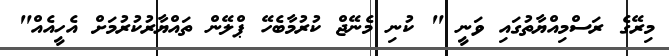
މިރޭގެ ރަސްމިއްޔާތުގައި ވަނީ " ކުނި މެނޭޖް ކުރުމާބެހޭ ޕްލޭން ތައްޔާރުކުރުމަށް އެހީއެއް"